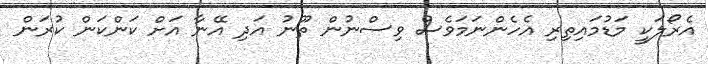
އެރޯލަކީ މަޑުމައިތިރި އެހެންނަމަވެސް ވިސްނުން ތޫނު އަދި އޭނާ އަށް ކަންކަން ކުރަން